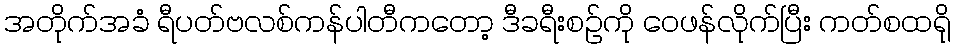
အတိုက်အခံ ရီပတ်ဗလစ်ကန်ပါတီကတော့ ဒီခရီးစဉ်ကို ဝေဖန်လိုက်ပြီး ကတ်စထရို